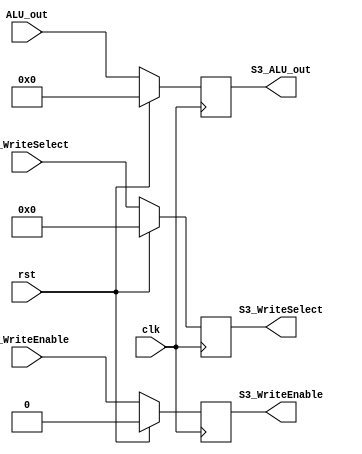
module S3_Register(
	input clk,
	input rst,
	input [4:0] S2_WriteSelect,
	input S2_WriteEnable,
	input [31:0] ALU_out,
	output reg [4:0] S3_WriteSelect,
	output reg S3_WriteEnable,
	output reg [31:0] S3_ALU_out
   );

	always@(posedge clk)
		begin
		if (rst)
			begin
                S3_WriteSelect <= 5'd0;
                S3_WriteEnable <= 1'b0;
                S3_ALU_out     <= 32'd0;
			end
		else
			begin
                S3_WriteSelect <= S2_WriteSelect;
                S3_WriteEnable <= S2_WriteEnable;
                S3_ALU_out     <= ALU_out;
			end
		end

endmodule